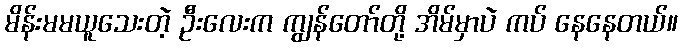
မိန်းမမယူသေးတဲ့ ဦးလေးက ကျွန်တော်တို့ အိမ်မှာပဲ ကပ် နေနေတယ်။